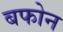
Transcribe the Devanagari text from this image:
बफोन